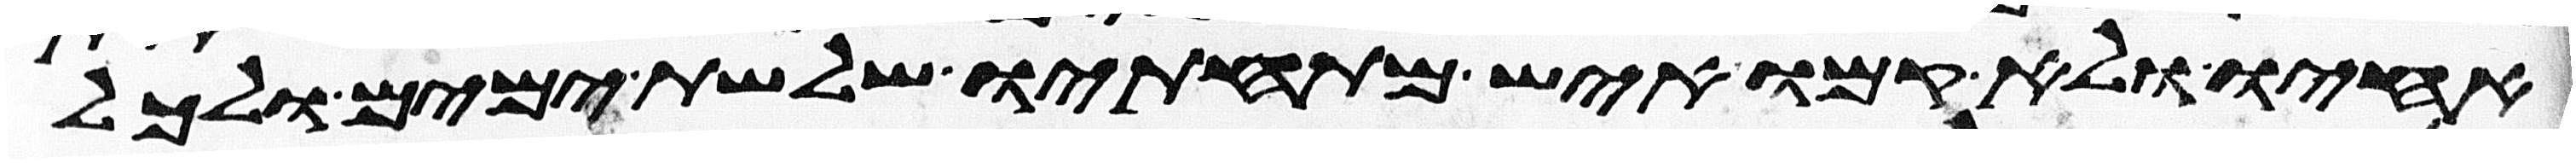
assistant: אחיו ולא קמו איש מתחתיו שלשת ימים ולכל